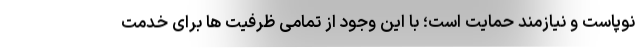
نوپاست و نیازمند حمایت است؛ با این وجود از تمامی ظرفیت ها برای خدمت